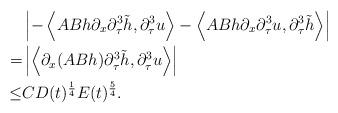
LaTeX: \begin{align*}&\left|-\left\langle ABh\partial_x\partial_\tau^3\tilde{h},\partial_\tau^3u\right\rangle-\left\langle ABh\partial_x\partial_\tau^3u,\partial_\tau^3\tilde{h}\right\rangle\right|\\=&\left|\left\langle\partial_x(ABh)\partial_\tau^3\tilde{h},\partial_\tau^3u\right\rangle\right|\\\le& CD(t)^{\frac14}E(t)^{\frac54}.\end{align*}